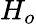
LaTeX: H_{o}